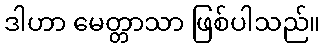
ဒါဟာ မေတ္တာသာ ဖြစ်ပါသည်။